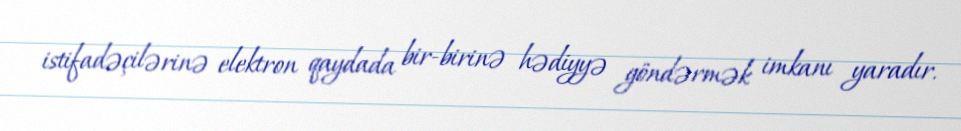
istifadəçilərinə elektron qaydada bir-birinə hədiyyə göndərmək imkanı yaradır.